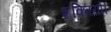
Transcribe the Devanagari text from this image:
शक्तियो।